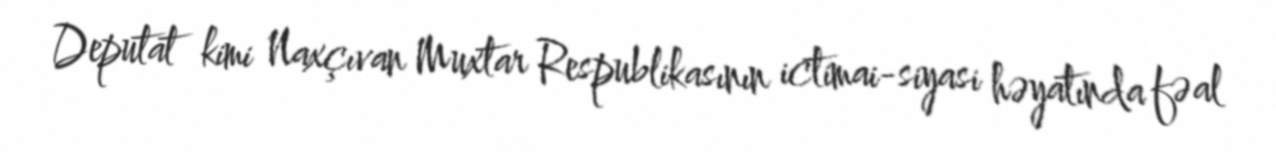
Deputat kimi Naxçıvan Muxtar Respublikasının ictimai-siyasi həyatında fəal